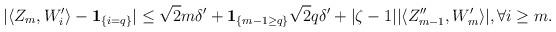
LaTeX: \begin{align*} |\langle Z_{m},W'_{i}\rangle-{\bf 1}_{\{i=q\}}|\leq \sqrt{2}m\delta'+{\bf 1}_{\{m-1\geq q\}}\sqrt{2}q\delta'+|\zeta-1||\langle Z''_{m-1},W'_{m}\rangle|,\forall i\geq m.\end{align*}